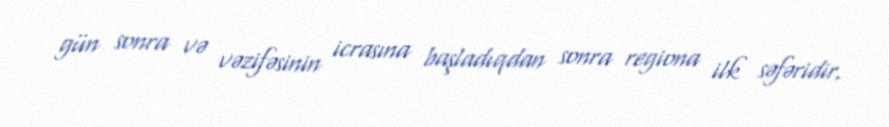
gün sonra və vəzifəsinin icrasına başladıqdan sonra regiona ilk səfəridir.